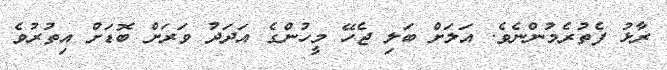
ރާޅު ފެތުރެމުންނެވެ. އަލަށް ބަލި ޖެހޭ މީހުންގެ އަދަދު ވަރަށް ބޮޑަށް އިތުރުވެ